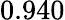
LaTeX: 0.940